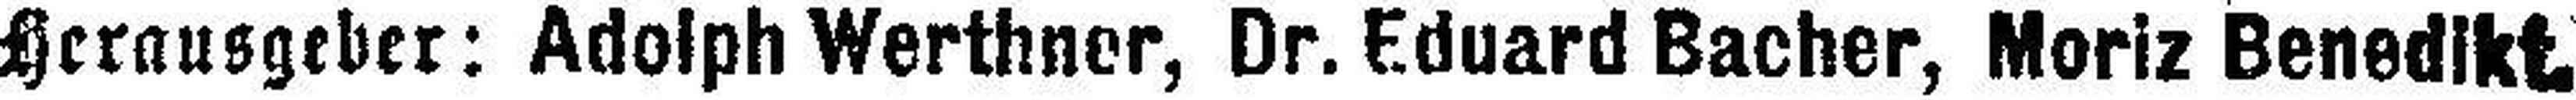
Herausgeber: Adolph Werthner, Dr. Eduard Bacher, Moriz Benedikt.